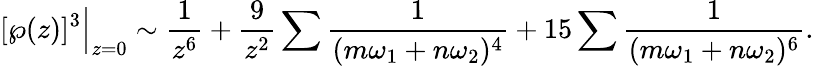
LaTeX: [\wp(z)]^{3}{\Big|}_{z=0}\sim{\frac{1}{z^{6}}}+{\frac{9}{z^{2}}}\sum{\frac{1}{(m\omega_{1}+n\omega_{2})^{4}}}+15\sum{\frac{1}{(m\omega_{1}+n\omega_{2})^{6}}}.